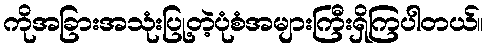
ကိုအခြားအသုံးပြု့တဲ့ပုံစံအများကြီးရှိကြပါတယ်။